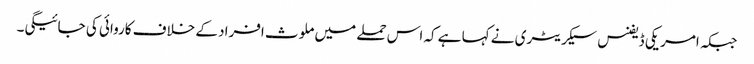
جبکہ امریکی ڈیفنس سیکریٹری نے کہا ہے کہ اس حملے میں ملوث افراد کے خلاف کاروائی کی جائیگی۔